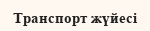
Транспорт жүйесі